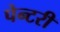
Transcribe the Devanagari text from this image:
पेन्टरी